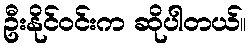
ဦးနိုင်ဝင်းက ဆိုပါတယ်။